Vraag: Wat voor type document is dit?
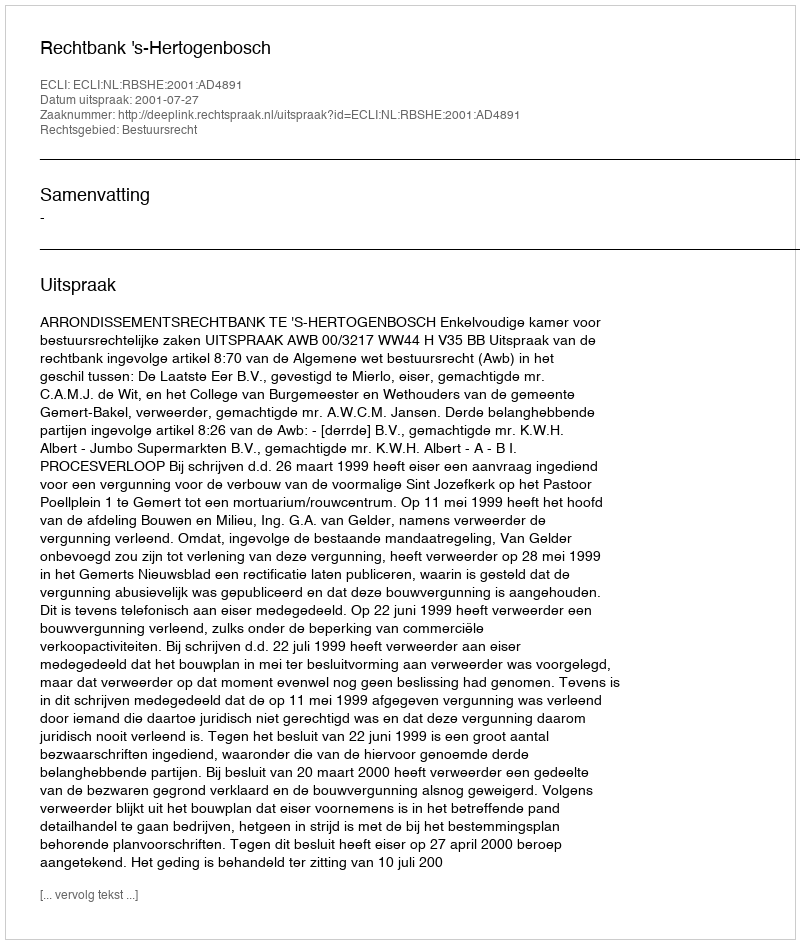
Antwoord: Uitspraak